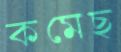
কমেছ